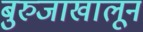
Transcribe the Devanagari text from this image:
बुरुजाखालून